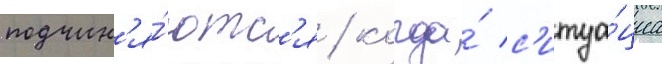
подчин'я́ютс'я / когда́ с'итуа́циа